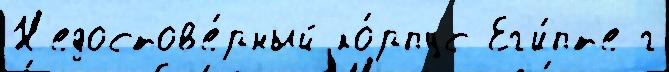
Н'едостов'е́рный ко́рпус Ег'и́пт'е г